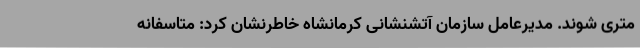
متری شوند. مدیرعامل سازمان آتشنشانی کرمانشاه خاطرنشان کرد: متاسفانه